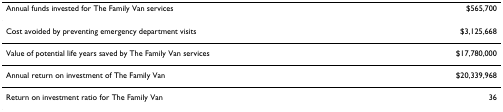
<table><thead><tr><td><b>Annual funds invested for The Family Van services</b></td><td><b>$565,700</b></td></tr></thead><tbody><tr><td>Cost avoided by preventing emergency department visits</td><td>$3,125,668</td></tr><tr><td>Value of potential life years saved by The Family Van services</td><td>$17,780,000</td></tr><tr><td>Annual return on investment of The Family Van</td><td>$20,339,968</td></tr><tr><td>Return on investment ratio for The Family Van</td><td>36</td></tr></tbody></table>